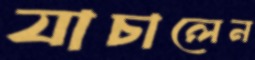
যাচালেন